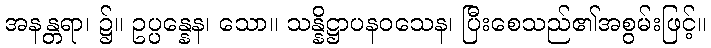
အနန္တရာ၊ ၌။ ဥပ္ပန္နေန၊ သော။ သန္နိဋ္ဌာပနဝသေန၊ ပြီးစေသည်၏အစွမ်းဖြင့်။